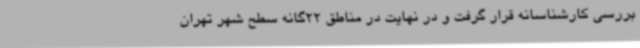
بررسی کارشناسانه قرار گرفت و در نهایت در مناطق 22گانه سطح شهر تهران